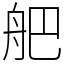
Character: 舥